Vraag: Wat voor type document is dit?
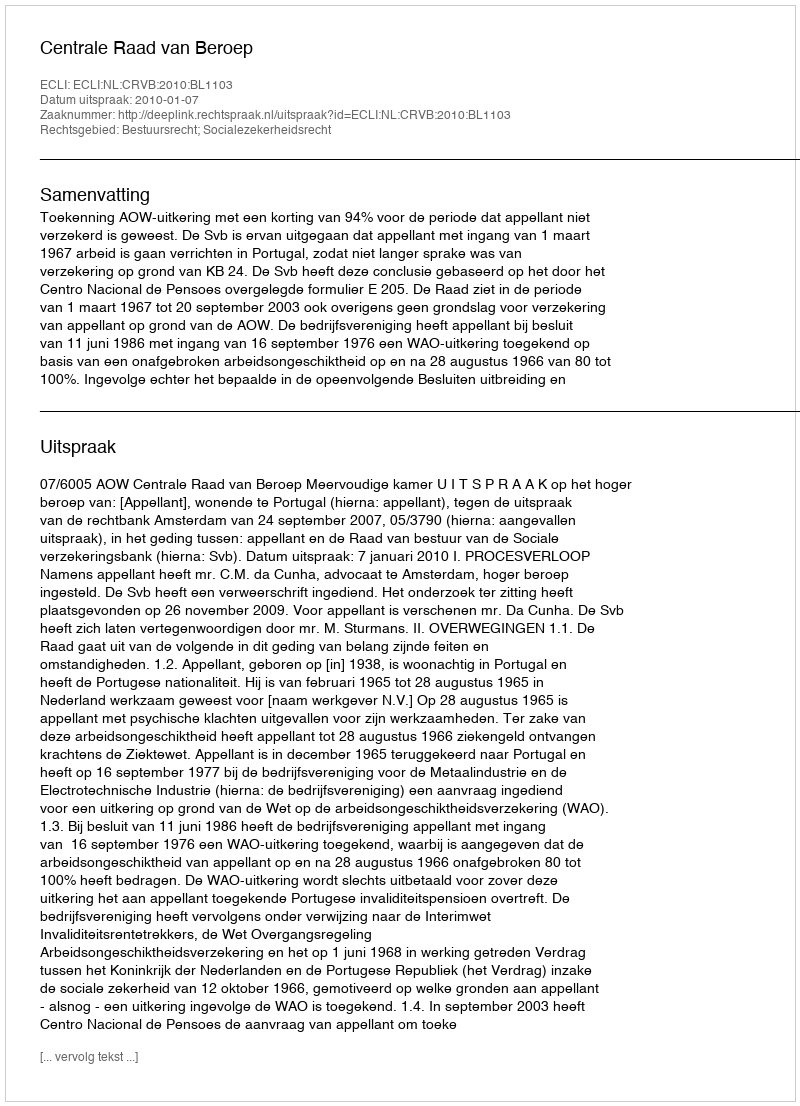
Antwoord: Uitspraak